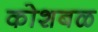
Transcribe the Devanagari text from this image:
कोशबळ